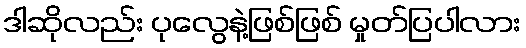
ဒါဆိုလည်း ပုလွေနဲ့ဖြစ်ဖြစ် မှုတ်ပြပါလား